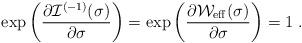
LaTeX: \begin{align*}\exp\left(\frac{\partial \mathcal{I}^{(-1)} (\sigma)}{\partial \sigma} \right) =\exp\left(\frac{\partial \mathcal{W}_{\rm eff} (\sigma)}{\partial \sigma} \right) =1 \;.\end{align*}